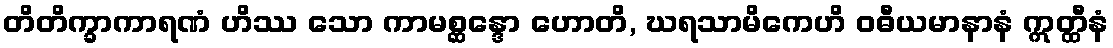
တိတိက္ခာကာရဏံ ဟိဿ သော ကာမစ္ဆန္ဒော ဟောတိ, ဃရသာမိကေဟိ ဝဓီယမာနာနံ ဣတ္ထီနံ